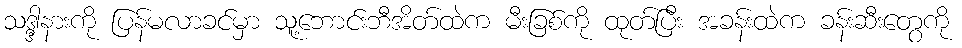
သဒ္ဒါ့နားကို ပြန်မလာခင်မှာ သူ့ဘောင်းဘီအိတ်ထဲက မီးခြစ်ကို ထုတ်ပြီး အခန်းထဲက ခန်းဆီးတွေကို